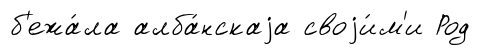
б'ежа́ла алба́нскаjа своjи́м'и Род